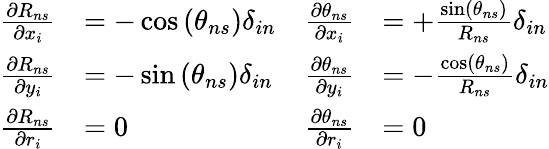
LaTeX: \begin{array}{rlrl}{\frac{\partial R_{ns}}{\partial x_{i}}}&{=-\cos\left(\theta_{ns}\right)\delta_{in}}&{\frac{\partial\theta_{ns}}{\partial x_{i}}}&{=+\frac{\sin\left(\theta_{ns}\right)}{R_{ns}}\delta_{in}}\\ {\frac{\partial R_{ns}}{\partial y_{i}}}&{=-\sin\left(\theta_{ns}\right)\delta_{in}}&{\frac{\partial\theta_{ns}}{\partial y_{i}}}&{=-\frac{\cos\left(\theta_{ns}\right)}{R_{ns}}\delta_{in}}\\ {\frac{\partial R_{ns}}{\partial r_{i}}}&{=0}&{\frac{\partial\theta_{ns}}{\partial r_{i}}}&{=0}\end{array}